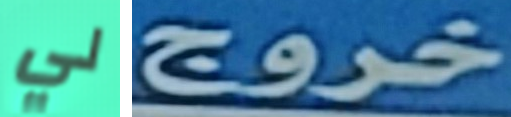
لي خروج